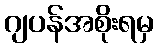
ဂျပန်အစိုးရမှ